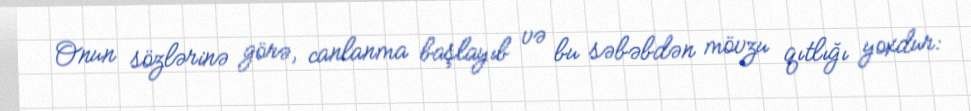
Onun sözlərinə görə, canlanma başlayıb və bu səbəbdən mövzu qıtlığı yoxdur: